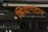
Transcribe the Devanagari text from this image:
झियांगतान